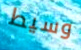
وسيط